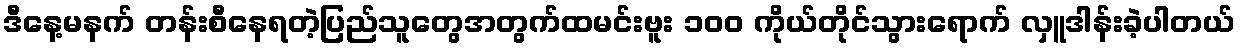
ဒီနေ့မနက် တန်းစီနေရတဲ့ပြည်သူတွေအတွက်ထမင်းဗူး ၁၀၀ ကိုယ်တိုင်သွားရောက် လှူဒါန်းခဲ့ပါတယ်